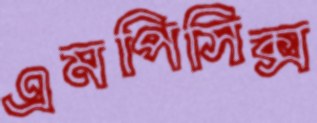
এমপিসিক্স